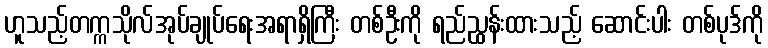
ဟူသည့်တက္ကသိုလ်အုပ်ချုပ်ရေးအရာရှိကြီး တစ်ဦးကို ရည်ညွှန်းထားသည့် ဆောင်းပါး တစ်ပုဒ်ကို